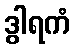
ဒွါရကံ